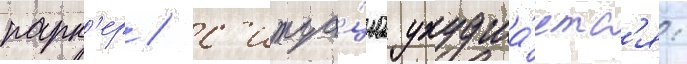
парк'ер / с'итуа́циа ухудша́етс'я: